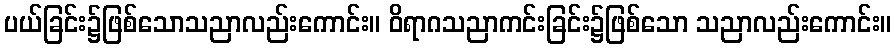
ပယ်ခြင်း၌ဖြစ်သောသညာလည်းကောင်း။ ဝိရာဂသညာကင်းခြင်း၌ဖြစ်သော သညာလည်းကောင်း။